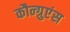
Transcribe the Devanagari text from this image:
कौन्ग्रुएंस